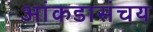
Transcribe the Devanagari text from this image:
आंकडासंचय